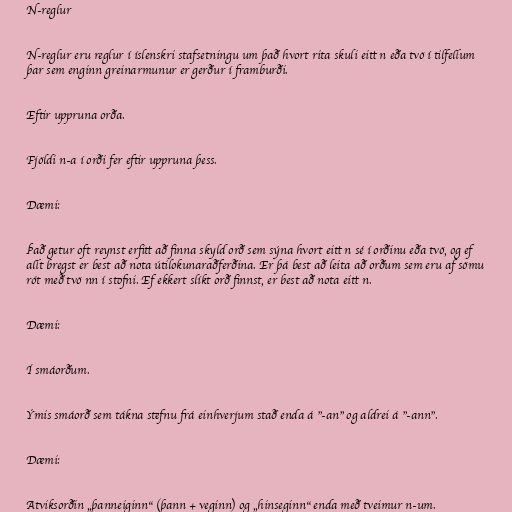
N-reglur

N-reglur eru reglur í íslenskri stafsetningu um það hvort rita skuli eitt n eða tvö í tilfellum
þar sem enginn greinarmunur er gerður í framburði.

Eftir uppruna orða.

Fjöldi n-a í orði fer eftir uppruna þess.

Dæmi:

Það getur oft reynst erfitt að finna skyld orð sem sýna hvort eitt n sé í orðinu eða tvö, og ef
allt bregst er best að nota útilokunaraðferðina. Er þá best að leita að orðum sem eru af sömu
rót með tvö nn í stofni. Ef ekkert slíkt orð finnst, er best að nota eitt n.

Dæmi:

Í smáorðum.

Ýmis smáorð sem tákna stefnu frá einhverjum stað enda á "-an" og aldrei á "-ann".

Dæmi:

Atviksorðin „þanneiginn“ (þann + veginn) og „hinseginn“ enda með tveimur n-um.